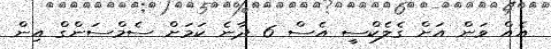
އެއް ވަން އަށް ގެލެކްސީ އެސް 6 ދާނެ ކަމަށް ސެމްސަންގް އިން